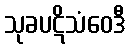
သုခပဋိသံဝေဒီ